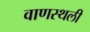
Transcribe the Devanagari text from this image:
वाणस्थली